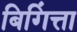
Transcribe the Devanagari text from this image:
बिगिंत्ता